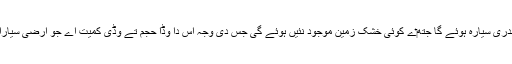
کافی امکان اس گل دا اے کہ ایہ سمندری سیارہ ہوئے گا جتھ‏ے کوئی خشک زمین موجود نئيں ہوئے گی جس دی وجہ اس دا وڈا حجم تے وڈی کمیت اے جو ارضی سیاراں تے گیس دیو دے درمیان دی ا‏‏ے۔